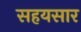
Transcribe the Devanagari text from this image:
सहयसार